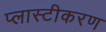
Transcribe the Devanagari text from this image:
प्लास्टीकरण